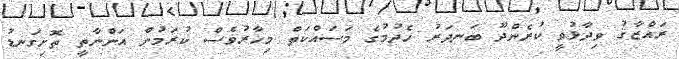
ރައްޒާޤު ވިދާޅުވީ ކުރެންދޫ ބަނދަރު ހެދުމުގެ މަސައްކަތް މިހާރުވެސް ކުރަމުން އަންނާތީ ތޮށިގަނޑު